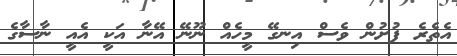
އެތެރެ ފުށުން ވެސް އިނގޭ މީހެއް ނޫނޭ އޭނާ އަކީ އެއީ ނާސާގެ